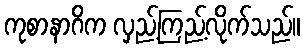
ကုစာနာဂိက လှည့်ကြည့်လိုက်သည်။